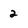
Character: 2